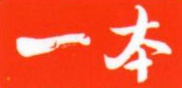
一本